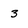
Character: 3